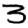
Digit: 3